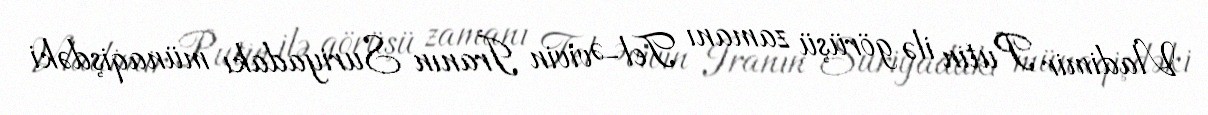
Vladimir Putin ilə görüşü zamanı Tel-Əvivin İranın Suriyadakı münaqişdəki